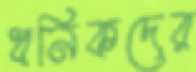
ধনিকদের